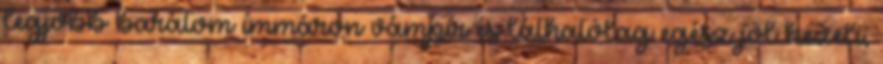
legjobb barátom immáron vámpír és láthatólag egész jól kezeli,